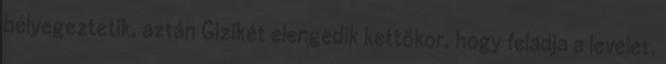
bélyegeztetik, aztán Gizikét elengedik kettőkor, hogy feladja a levelet.